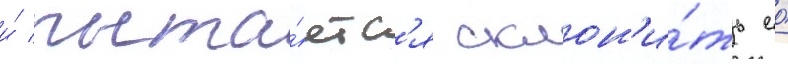
и́ пыта́етс'я склон'и́ть ео́